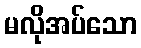
မလိုအပ်သော